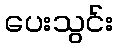
ပေးသွင်း